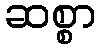
ဆစ္စာ